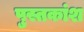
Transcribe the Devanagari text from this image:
पुस्तकांश